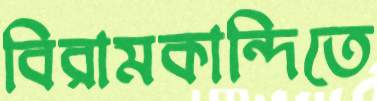
বিরামকান্দিতে